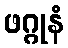
ဖဂ္ဂုနံ